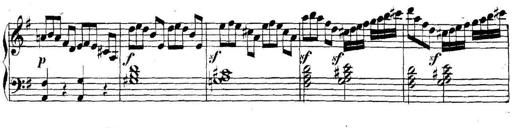
Title: Collected Piano Sonatas
Composer: Muzio Clementi